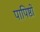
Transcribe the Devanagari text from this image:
पापिष्ठों